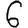
Digit: 6